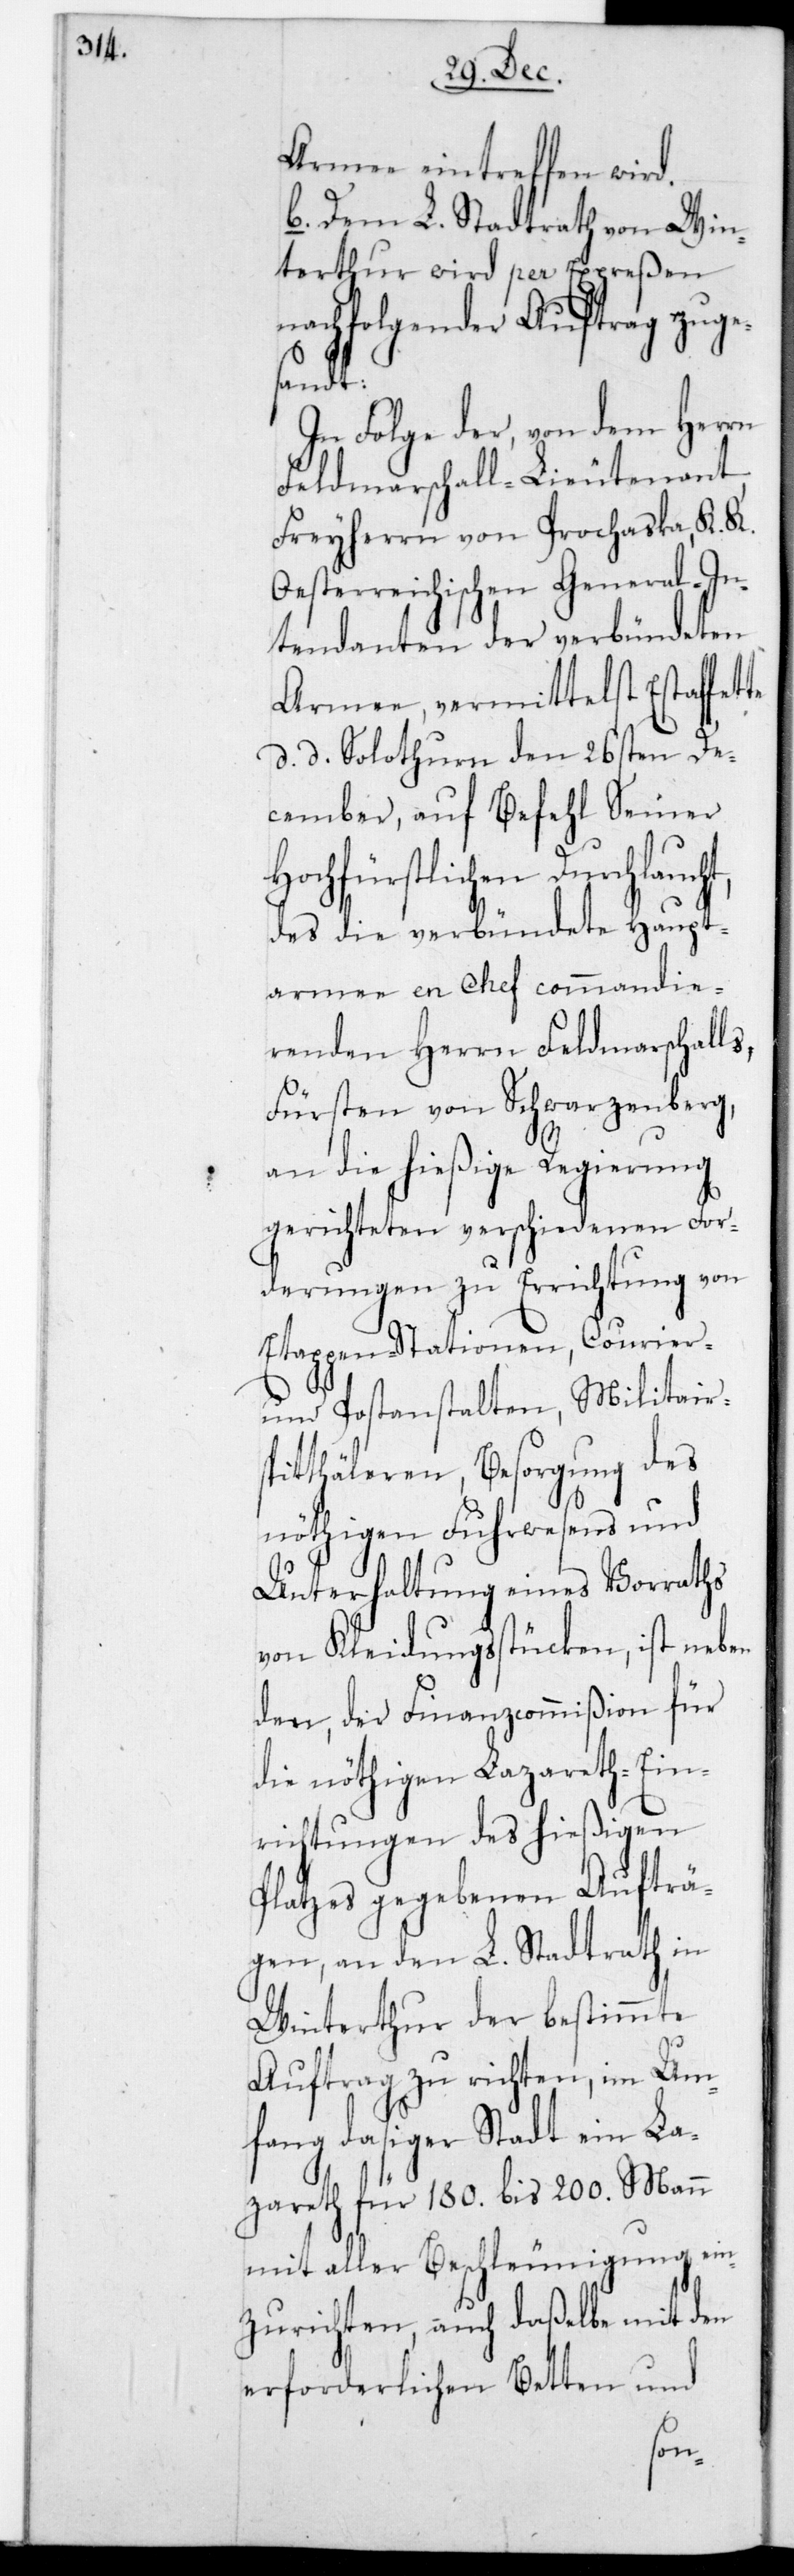
Armee eintreffen wird.
b. Dem L. Stadtrath von Win¬
terthur wird per Expreßen
nachfolgender Auftrag zuge¬
sandt:
In Folge der von dem Herrn
Feldmarschall-Lieutenant,
Freyherrn von Prochaska, K. K.
Oesterreichischen General-In¬
tendanten der verbündeten
Armee, vermittelst Estaffet¬
d. d. Solothurn den 26sten De¬
cember, auf Befehl Seiner
Hochfürstlichen Durchlau¬
des die verbündete Haupt¬
armee en Chef commandie¬
renden Herrn Feldmarschalls,
Fürsten von Schwarzenberg,
an die hießige Regierung
gerichteten verschiedenen For¬
derungen zu Errichtung von
Etappen-Stationen, Courier-
und Postanstalten, Militar¬
spitthäleren, Besorgung des
nöthigen Fuhrwesens und
Unterhaltung eines Vorraths
von Kleidungsstücken, ist neben
den, der Finanzcommißion für
die nöthigen Lazarett-Ein¬
richtungen des hießigen
Platzes gegebenen Aufträ¬
gen, an den L. Stadtrath in
Winterthur der bestimmte
Auftrag zu richten, im Um¬
fang dasiger Stadt ein La¬
zarett für 180. bis 200. Mann
mit aller Beschleunigung ein¬
zurichten, auch daßelbe mit den
erforderlichen Betten und
cht,